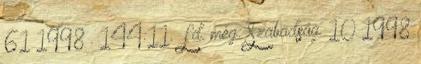
61 1998 . 144:11. Ld. még: Szabadság. 10 1998